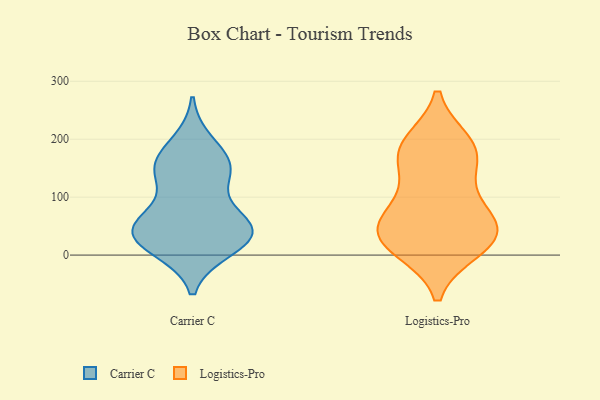
{"axis": {"x": "Population (Million)", "y": "Value"}, "legend": ["Carrier C", "Logistics-Pro"], "data": [{"x": "", "y": 153, "type": "Carrier C"}, {"x": "", "y": 49, "type": "Carrier C"}, {"x": "", "y": 38, "type": "Carrier C"}, {"x": "", "y": 60, "type": "Carrier C"}, {"x": "", "y": 17, "type": "Carrier C"}, {"x": "", "y": 54, "type": "Carrier C"}, {"x": "", "y": 12, "type": "Carrier C"}, {"x": "", "y": 144, "type": "Carrier C"}, {"x": "", "y": 37, "type": "Carrier C"}, {"x": "", "y": 41, "type": "Carrier C"}, {"x": "", "y": 193, "type": "Carrier C"}, {"x": "", "y": 144, "type": "Carrier C"}, {"x": "", "y": 153, "type": "Carrier C"}, {"x": "", "y": 44, "type": "Logistics-Pro"}, {"x": "", "y": 180, "type": "Logistics-Pro"}, {"x": "", "y": 180, "type": "Logistics-Pro"}, {"x": "", "y": 110, "type": "Logistics-Pro"}, {"x": "", "y": 74, "type": "Logistics-Pro"}, {"x": "", "y": 31, "type": "Logistics-Pro"}, {"x": "", "y": 12, "type": "Logistics-Pro"}, {"x": "", "y": 59, "type": "Logistics-Pro"}, {"x": "", "y": 21, "type": "Logistics-Pro"}, {"x": "", "y": 192, "type": "Logistics-Pro"}, {"x": "", "y": 32, "type": "Logistics-Pro"}, {"x": "", "y": 167, "type": "Logistics-Pro"}]}